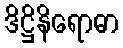
ဒိဋ္ဌိနိရောဓာ